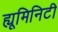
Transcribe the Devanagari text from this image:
ह्यूमिनिटी